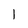
Character: 1